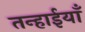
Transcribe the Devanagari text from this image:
तन्हाईयाँ